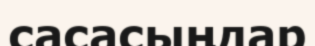
сасасыңдар